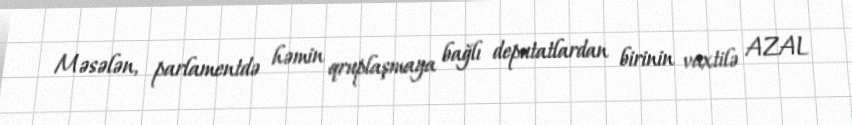
Məsələn, parlamentdə həmin qruplaşmaya bağlı deputatlardan birinin vaxtilə AZAL